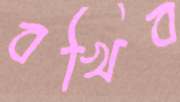
বখিব